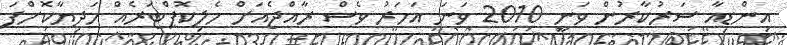
އިންޑިއާ ސަރުކާރުން ވަނީ 2010 ވަނަ އަހަރު ވެސް ރާއްޖެއަށް ހެލިކޮޕްޓަރެއް ހަދިޔާކޮށްފަ